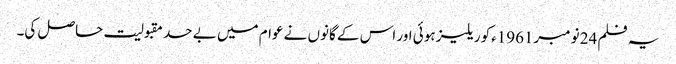
یہ فلم 24 نومبر1961ءکو ریلیز ہوئی اور اس کے گانوں نے عوام میں بے حد مقبولیت حاصل کی۔